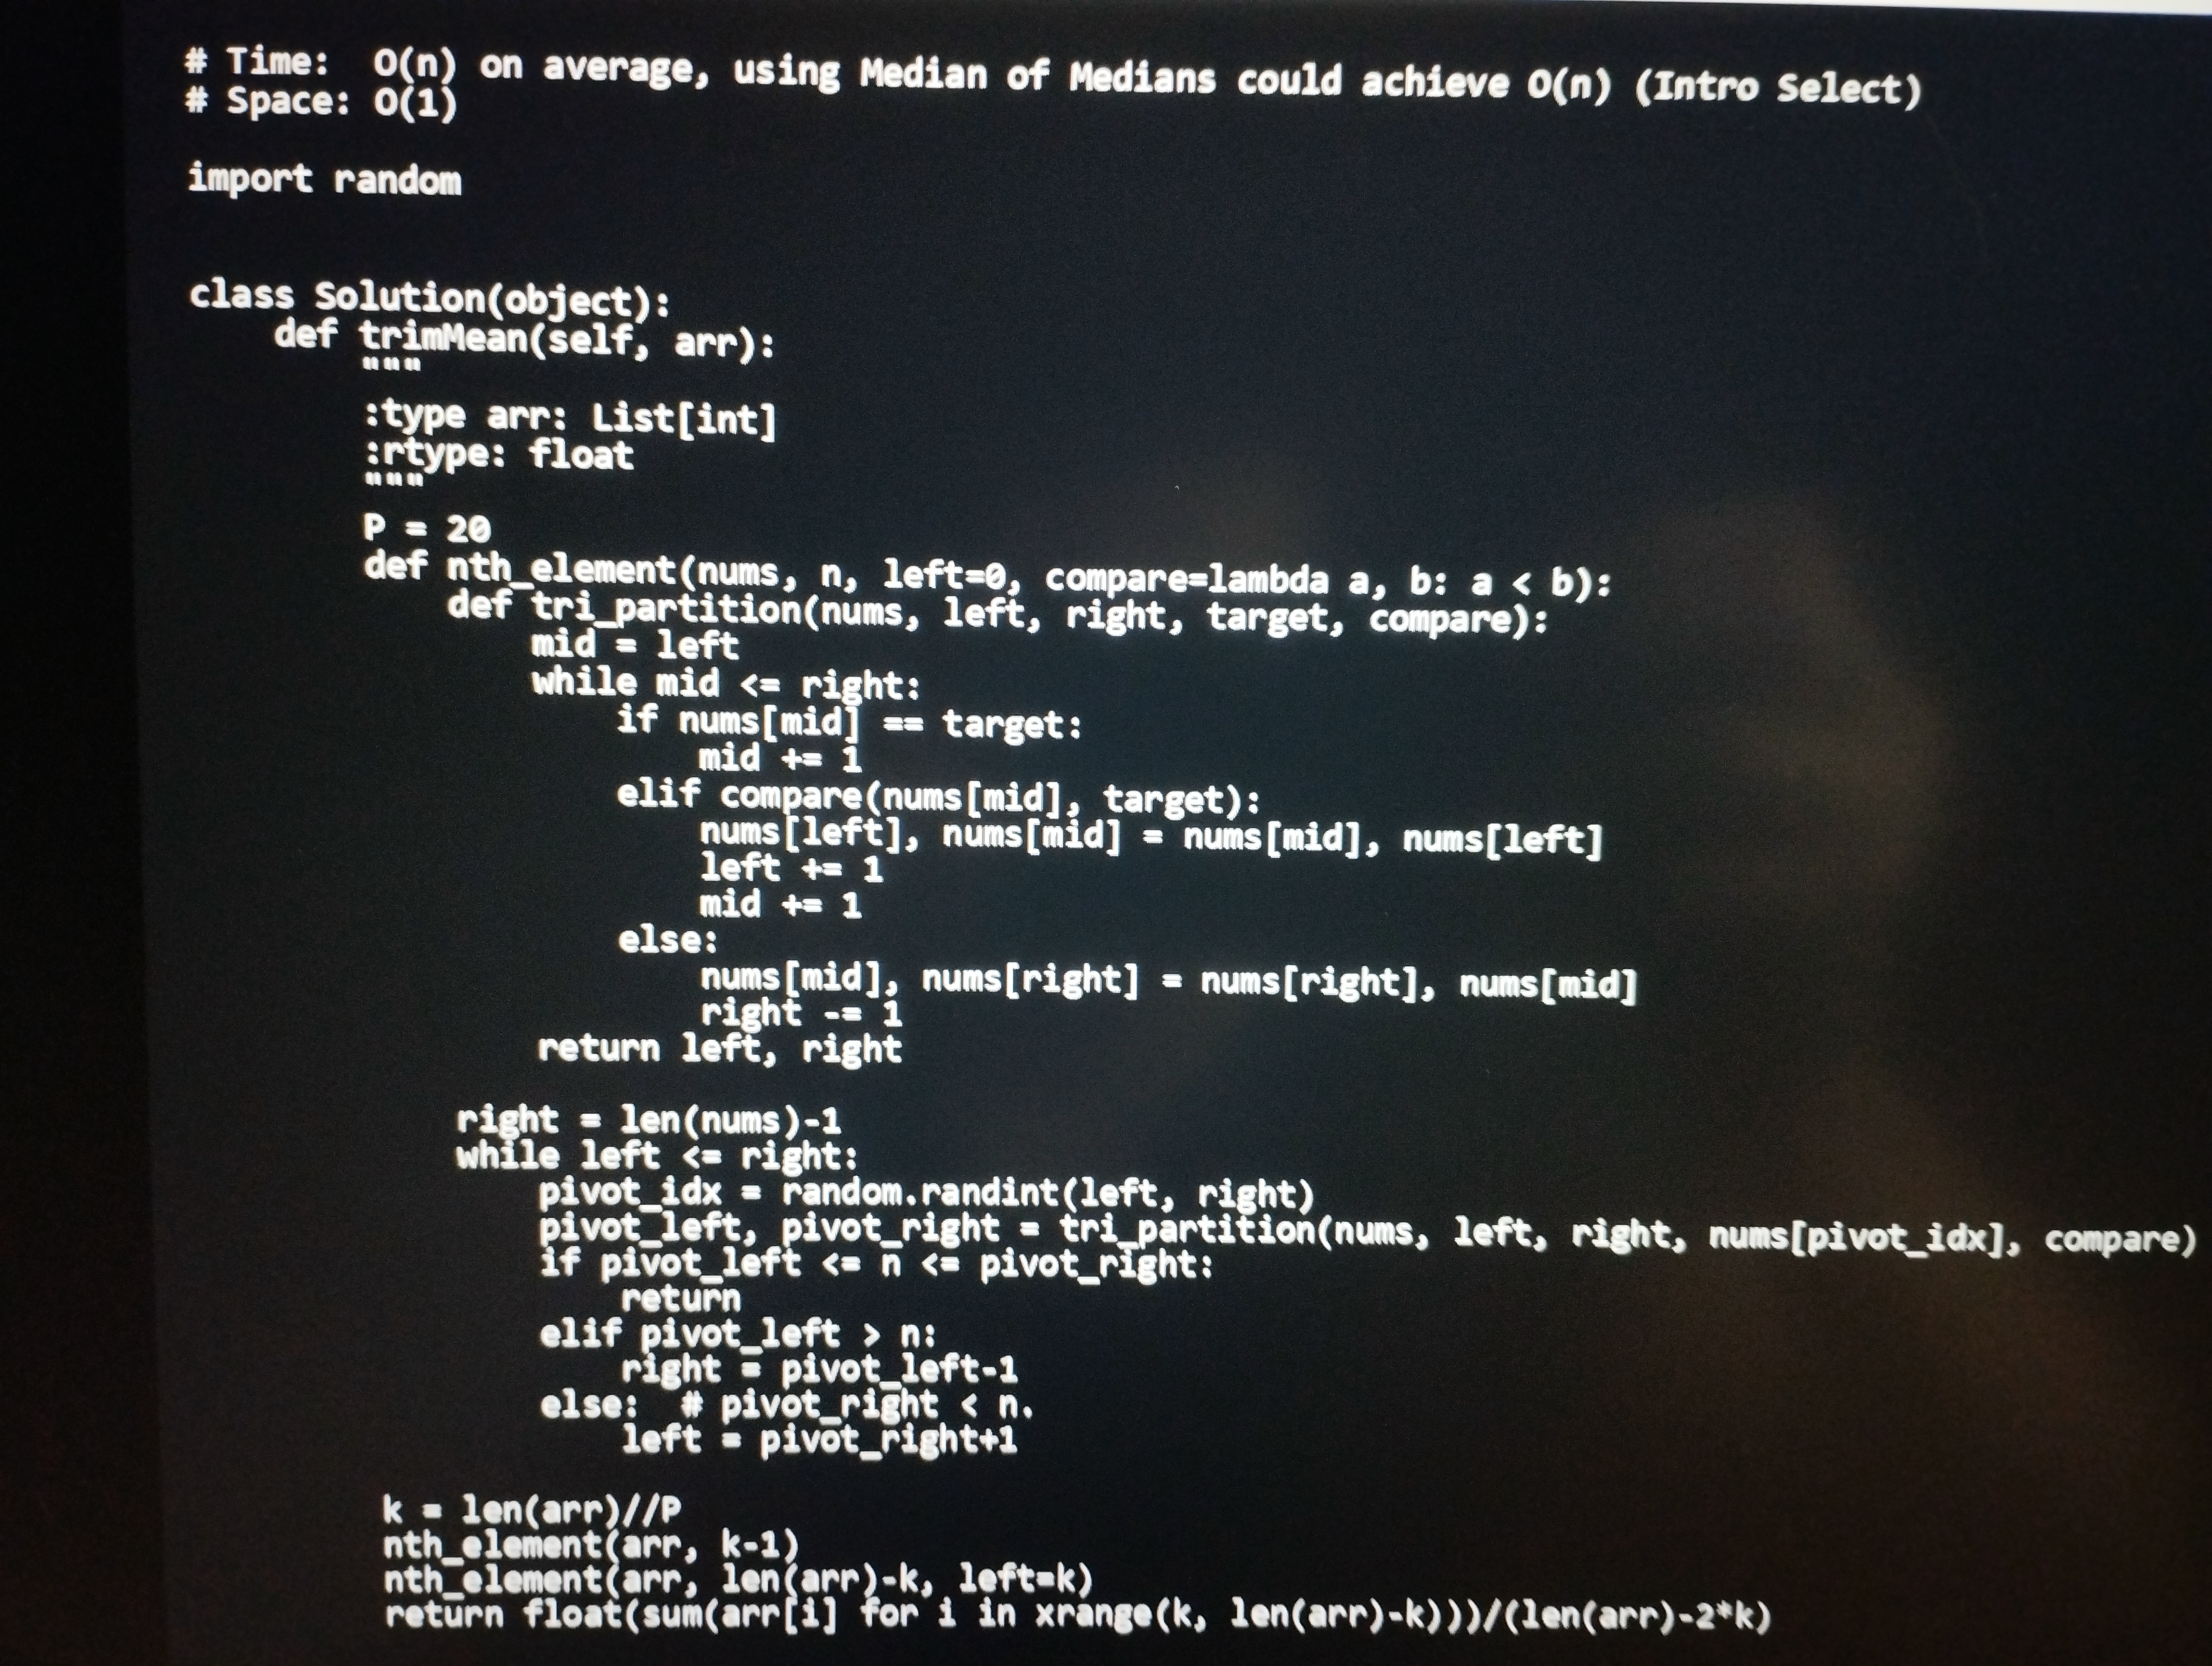
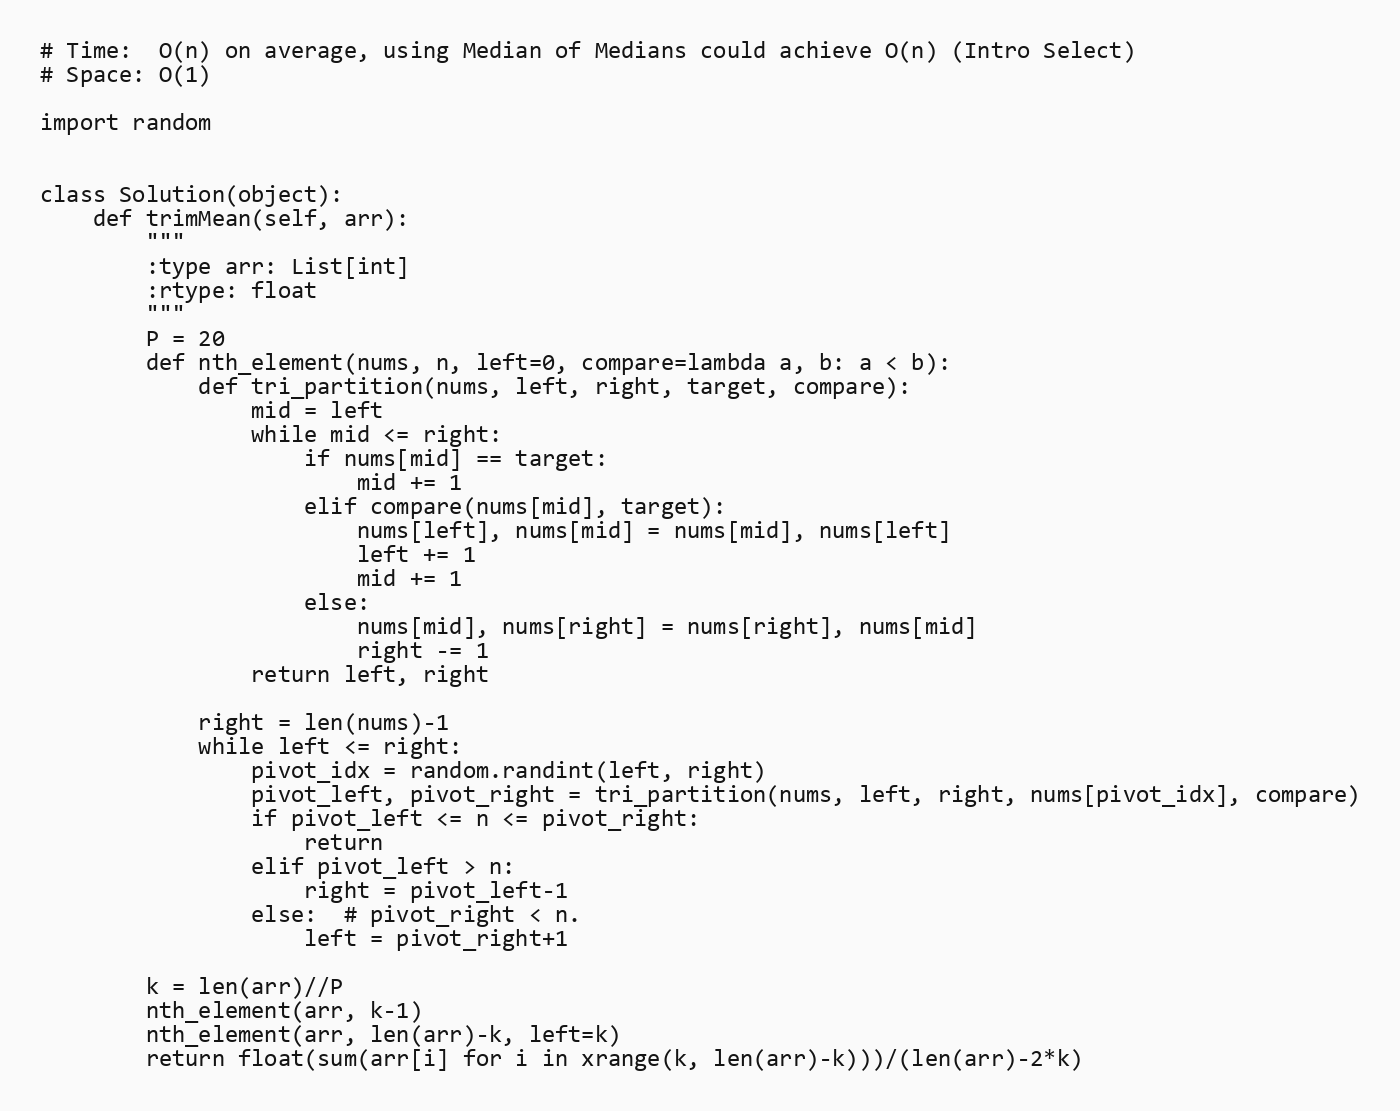
# Time:  O(n) on average, using Median of Medians could achieve O(n) (Intro Select)
# Space: O(1)

import random

class Solution(object):
    def trimMean(self, arr):
        """
        :type arr: List[int]
        :rtype: float
        """
        P = 20
        def nth_element(nums, n, left=0, compare=lambda a, b: a < b):
            def tri_partition(nums, left, right, target, compare):
                mid = left
                while mid <= right:
                    if nums[mid] == target:
                        mid += 1
                    elif compare(nums[mid], target):
                        nums[left], nums[mid] = nums[mid], nums[left]
                        left += 1
                        mid += 1
                    else:
                        nums[mid], nums[right] = nums[right], nums[mid]
                        right -= 1
                return left, right

            right = len(nums)-1
            while left <= right:
                pivot_idx = random.randint(left, right)
                pivot_left, pivot_right = tri_partition(nums, left, right, nums[pivot_idx], compare)
                if pivot_left <= n <= pivot_right:
                    return
                elif pivot_left > n:
                    right = pivot_left-1
                else:  # pivot_right < n.
                    left = pivot_right+1

        k = len(arr)//P
        nth_element(arr, k-1)
        nth_element(arr, len(arr)-k, left=k)
        return float(sum(arr[i] for i in xrange(k, len(arr)-k)))/(len(arr)-2*k)